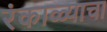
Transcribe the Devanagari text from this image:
रंकाळ्याचा